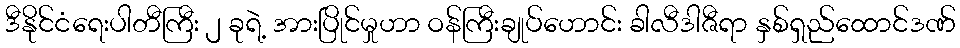
ဒီနိုင်ငံရေးပါတီကြီး ၂ ခုရဲ့ အားပြိုင်မှုဟာ ဝန်ကြီးချုပ်ဟောင်း ခါလီဒါဇီရာ နှစ်ရှည်ထောင်ဒဏ်